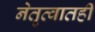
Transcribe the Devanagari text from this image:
नेतृत्वातही